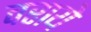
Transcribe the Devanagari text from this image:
वराये